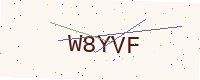
Text: W8YVF